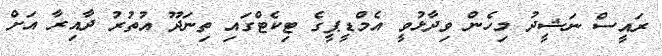
ރައީސް ނަޝީދު މިހެން ވިދާޅުވީ އެމްޑީޕީގެ ޓިކެޓްގައި ތިނަދޫ އުތުރު ދާއިރާ އަށް